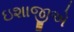
ઇશાજીએ